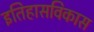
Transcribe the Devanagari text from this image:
इतिहासविकास